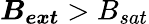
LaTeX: \boldsymbol{B_{ext}}>B_{sat}